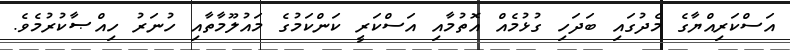
އަސްކަރިއްޔާގެ މެދުގައި ބަދަހި ގުޅުމެއް އޮތުމާއި އަސްކަރީ ކަންކަމުގެ މައުލޫމާތާއި ހުނަރު ހިއްޞާކުރުމެވެ.